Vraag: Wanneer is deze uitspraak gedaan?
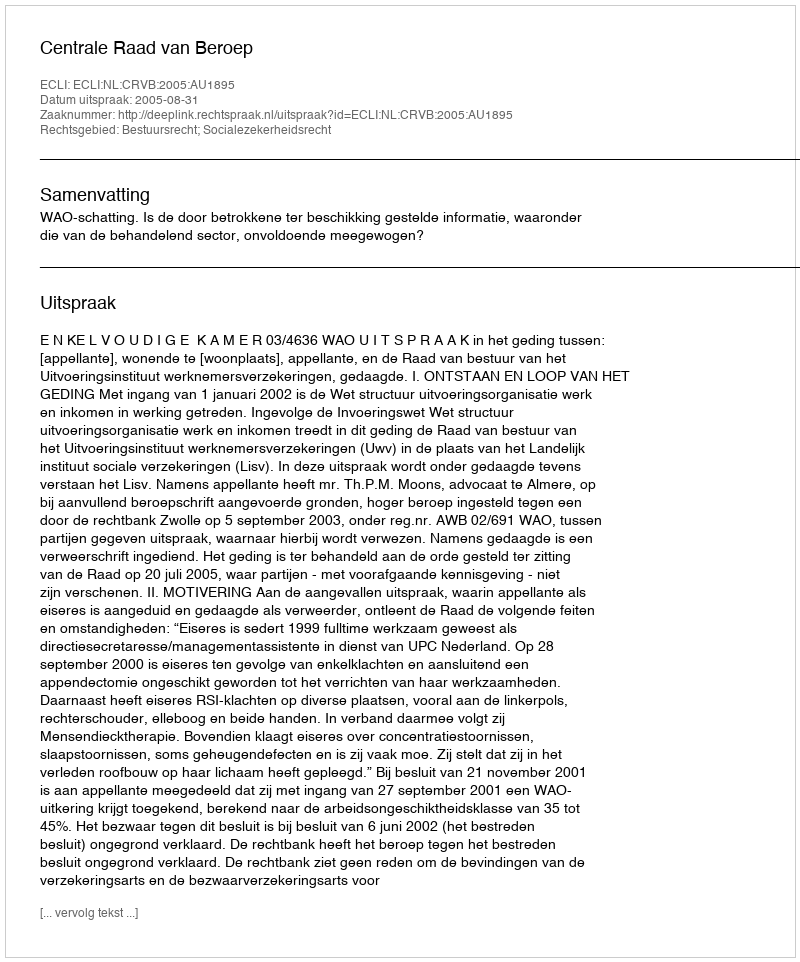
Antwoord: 2005-08-31